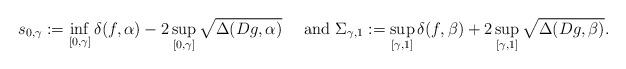
LaTeX: \begin{align*}s_{0,\gamma}:=\inf_{[0,\gamma]}\delta(f,\alpha) - 2\sup_{[0, \gamma]}\sqrt{\Delta(Dg,\alpha)}\quad\hbox{ and }\Sigma_{\gamma, 1}:=\sup_{[\gamma, 1]}\delta(f,\beta) + 2\sup_{[\gamma, 1]}\sqrt{\Delta(Dg,\beta)}.\end{align*}